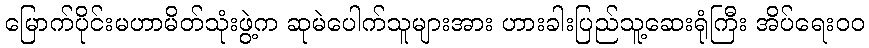
မြောက်ပိုင်းမဟာမိတ်သုံးဖွဲ့က ဆုမဲပေါက်သူများအား ဟားခါးပြည်သူ့ဆေးရုံကြီး အိပ်ရေးဝဝ